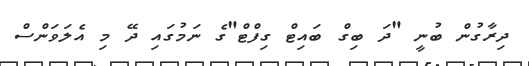
ދިރާގުން ބުނީ "ދަ ބިގް ބައިޓް ގިފްޓް"ގެ ނަމުގައި ދޭ މި އެލަވަންސް